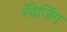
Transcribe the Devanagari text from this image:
रॅवेजिंग